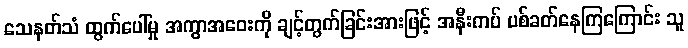
သေနတ်သံ ထွက်ပေါ်မှု အကွာအဝေးကို ချင့်တွက်ခြင်းအားဖြင့် အနီးကပ် ပစ်ခတ်နေကြကြောင်း သူ